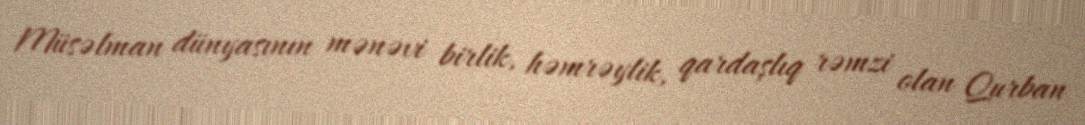
Müsəlman dünyasının mənəvi birlik, həmrəylik, qardaşlıq rəmzi olan Qurban